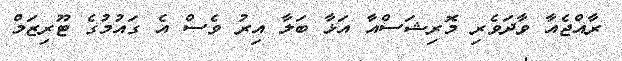
ރާއްޖެއާ ވާދަވެރި މޮރިޝަސްއާ އަޅާ ބަލާ އިރު ވެސް އެ ގައުމުގެ ޓޫރިޒަމް